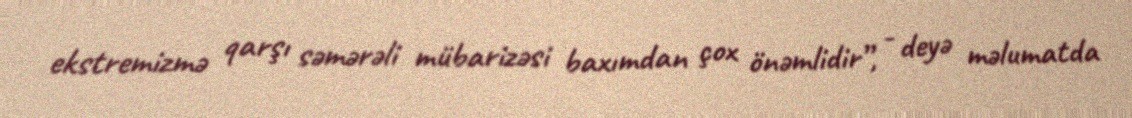
ekstremizmə qarşı səmərəli mübarizəsi baxımdan çox önəmlidir”, - deyə məlumatda